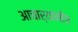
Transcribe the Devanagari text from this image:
आचार्यांनीच